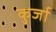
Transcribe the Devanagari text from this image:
कुर्जा